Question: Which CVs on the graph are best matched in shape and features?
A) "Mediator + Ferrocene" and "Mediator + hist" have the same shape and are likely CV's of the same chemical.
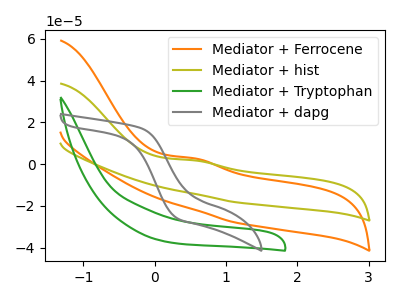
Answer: <think>The orange curve "Mediator + Ferrocene" has an anodic peak at: (0.55V, 2.80uA). The olive curve "Mediator + hist" has an anodic peak at: (0.55V, 1.80uA). The green curve "Mediator + Tryptophan" has no peaks. The gray curve "Mediator + dapg" has no peaks.
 All the peaks in "Mediator + Ferrocene" have a peak in "Mediator + hist" at the same potential. Every peak in "Mediator + Ferrocene" is higher than every peak in "Mediator + hist". "Mediator + Ferrocene" and "Mediator + Tryptophan" have a different number of peaks. "Mediator + Ferrocene" and "Mediator + dapg" have a different number of peaks. "Mediator + hist" and "Mediator + Tryptophan" have a different number of peaks. "Mediator + hist" and "Mediator + dapg" have a different number of peaks. Neither "Mediator + Tryptophan" or "Mediator + dapg" have any peaks.</think>
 <answer>A) "Mediator + Ferrocene" and "Mediator + hist" have the same shape and are likely CV's of the same chemical.</answer>
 <eval>A</eval>